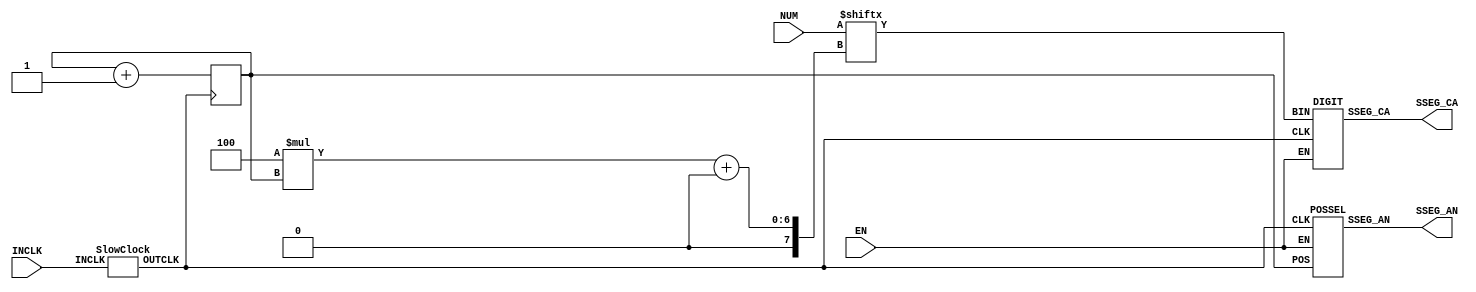
`timescale 1ns / 1ps
//////////////////////////////////////////////////////////////////////////////////
// Company: 
// Engineer: 
// 
// Design Name: 
// Module Name: display
// Project Name: 
// Target Devices: 
// Tool Versions: 
// Description: 
// 
// Dependencies: 
// 
// Revision:
// Revision 0.01 - File Created
// Additional Comments:
// 
//////////////////////////////////////////////////////////////////////////////////


module Display(
    input [31:0] NUM,
    input INCLK,
    input EN,
    output [7:0] SSEG_CA,
    output [7:0] SSEG_AN
    );
    reg [2:0] COUNT = 3'b000;
    wire CLK;
    
    SlowClock DCLK(INCLK, CLK);
    POSSEL  SEL(COUNT, CLK, EN, SSEG_AN);
    DIGIT   D1(NUM[4*COUNT +: 4], CLK, EN, SSEG_CA);
    
    always@(posedge CLK)
    begin
        COUNT = COUNT + 1;
    end
    
endmodule

module SlowClock #(parameter cycles = 1, delay = 100000) (
    input INCLK,
    output reg OUTCLK = 0
    );
    reg [31:0] slow;
    always@(posedge INCLK)
    begin
        if(slow < (delay * cycles))
            slow = slow + 1;
        else begin
            slow = 32'h00000000;
            OUTCLK = ~OUTCLK; // tick every 1 ms
        end
    end
endmodule

module DIGIT(
    input [3:0] BIN,
    input CLK,
    input EN,
    output reg [7:0] SSEG_CA
    );
    reg [7:0] HEX_ROM [15:0];
    reg [7:0] OFF;
    initial 
    begin
        HEX_ROM[ 0] = ~8'b11111100;
        HEX_ROM[ 1] = ~8'b01100000;
        HEX_ROM[ 2] = ~8'b11011010;
        HEX_ROM[ 3] = ~8'b11110010;
        HEX_ROM[ 4] = ~8'b01100110;
        HEX_ROM[ 5] = ~8'b10110110;
        HEX_ROM[ 6] = ~8'b10111110;
        HEX_ROM[ 7] = ~8'b11100000;
        HEX_ROM[ 8] = ~8'b11111110;
        HEX_ROM[ 9] = ~8'b11110110;
        HEX_ROM[10] = ~8'b11101110;
        HEX_ROM[11] = ~8'b00111110;
        HEX_ROM[12] = ~8'b10011100;
        HEX_ROM[13] = ~8'b01111010;
        HEX_ROM[14] = ~8'b10011110;
        HEX_ROM[15] = ~8'b10001110;
        OFF = ~8'b00000000;
    end
    
    always@(posedge CLK)
    begin
        if(EN)
            SSEG_CA = HEX_ROM[BIN];
        else
            SSEG_CA = OFF;
    end
endmodule

module POSSEL(
    input [2:0] POS,
    input CLK,
    input EN,
    output reg [7:0] SSEG_AN
    );
    reg [7:0] POS_ROM [7:0];
    reg [7:0] OFF;
    initial
    begin
        POS_ROM[0] = ~8'h01;
        POS_ROM[1] = ~8'h02;
        POS_ROM[2] = ~8'h04;
        POS_ROM[3] = ~8'h08;
        POS_ROM[4] = ~8'h10;
        POS_ROM[5] = ~8'h20;
        POS_ROM[6] = ~8'h40;
        POS_ROM[7] = ~8'h80;
        OFF = ~8'h00;
    end
    
    always@(posedge CLK)
    begin
        if(EN)
            SSEG_AN = POS_ROM[POS];
        else
            SSEG_AN = OFF;
    end
endmodule